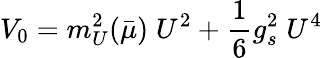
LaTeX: V_{0}=m_{U}^{2}(\bar{\mu})\; U^{2}+\frac{1}{6}g_{s}^{2}\; U^{4}